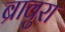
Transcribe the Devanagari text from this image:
ब्रावुरा